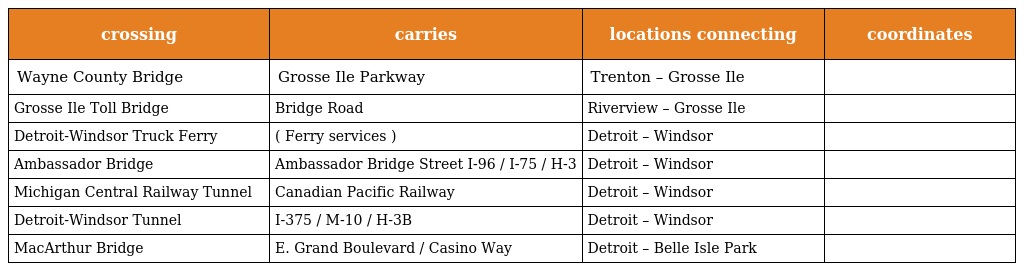
| crossing | carries | locations connecting | coordinates |
 | --- | --- | --- | --- |
 | Wayne County Bridge | Grosse Ile Parkway | Trenton – Grosse Ile |  |
 | Grosse Ile Toll Bridge | Bridge Road | Riverview – Grosse Ile |  |
 | Detroit-Windsor Truck Ferry | ( Ferry services ) | Detroit – Windsor |  |
 | Ambassador Bridge | Ambassador Bridge Street I-96 / I-75 / H-3 | Detroit – Windsor |  |
 | Michigan Central Railway Tunnel | Canadian Pacific Railway | Detroit – Windsor |  |
 | Detroit-Windsor Tunnel | I-375 / M-10 / H-3B | Detroit – Windsor |  |
 | MacArthur Bridge | E. Grand Boulevard / Casino Way | Detroit – Belle Isle Park |  |